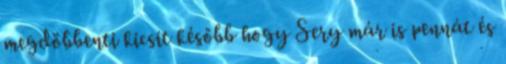
megdöbbenti kicsit később hogy Sery már is pennát és